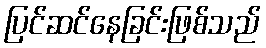
ပြင်ဆင်နေခြင်းဖြစ်သည်